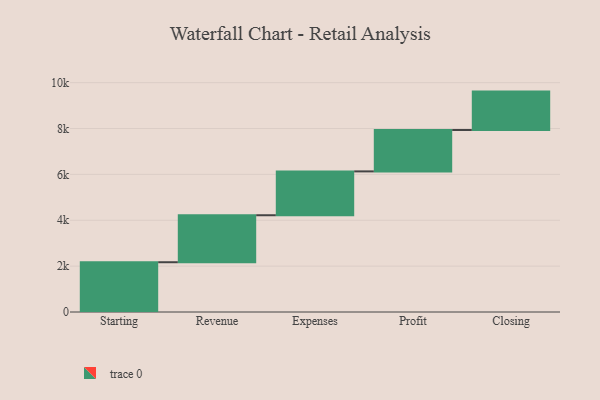
{"axis": {"x": "Step", "y": "Value"}, "legend": [""], "data": [{"x": "Starting", "y": 2170.0, "type": ""}, {"x": "Revenue", "y": 2049.0, "type": ""}, {"x": "Expenses", "y": 1912.0, "type": ""}, {"x": "Profit", "y": 1804.0, "type": ""}, {"x": "Closing", "y": 1675.0, "type": ""}]}